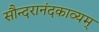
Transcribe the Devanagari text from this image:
सौन्दरानंदकाव्यम्